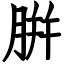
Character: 腁